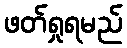
ဖတ်ရှုရမည်